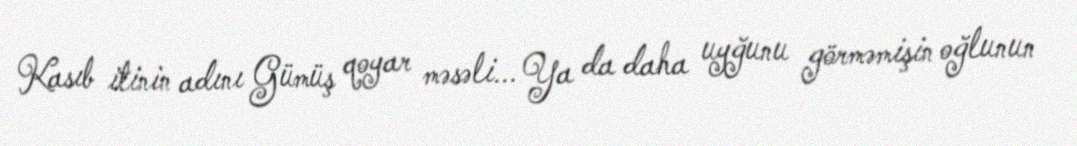
Kasıb itinin adını Gümüş qoyar məsəli... Ya da daha uyğunu görməmişin oğlunun